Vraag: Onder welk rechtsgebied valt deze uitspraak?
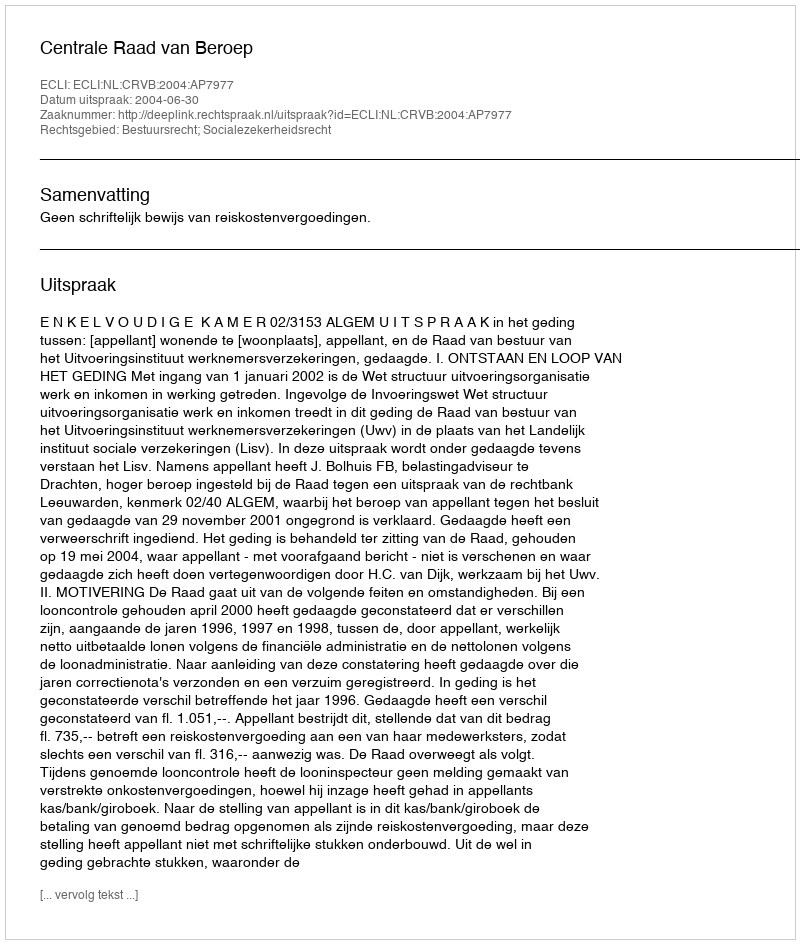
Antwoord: Bestuursrecht; Socialezekerheidsrecht